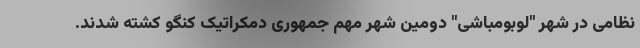
نظامی در شهر "لوبومباشی" دومین شهر مهم جمهوری دمکراتیک کنگو کشته شدند.